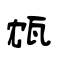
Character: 瓭